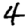
Digit: 4